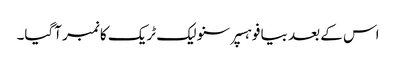
اس کے بعد بیا فو ہسپر سنو لیک ٹریک کا نمبر آگیا۔